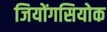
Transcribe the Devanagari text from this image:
जियोंगसियोक